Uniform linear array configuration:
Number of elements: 24
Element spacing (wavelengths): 0.75
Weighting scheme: hamming
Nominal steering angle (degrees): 30
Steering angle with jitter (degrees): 29.328
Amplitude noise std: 0.05
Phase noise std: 0.05

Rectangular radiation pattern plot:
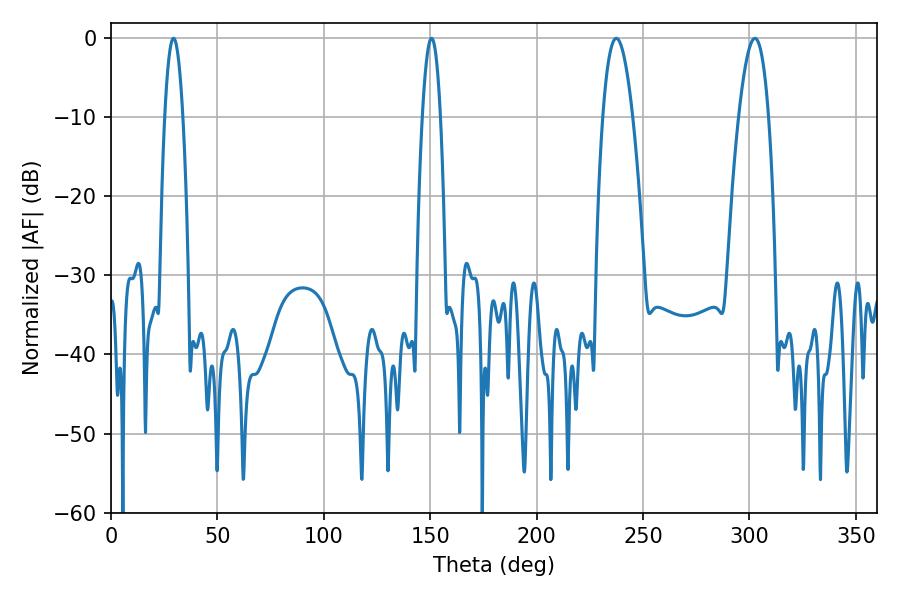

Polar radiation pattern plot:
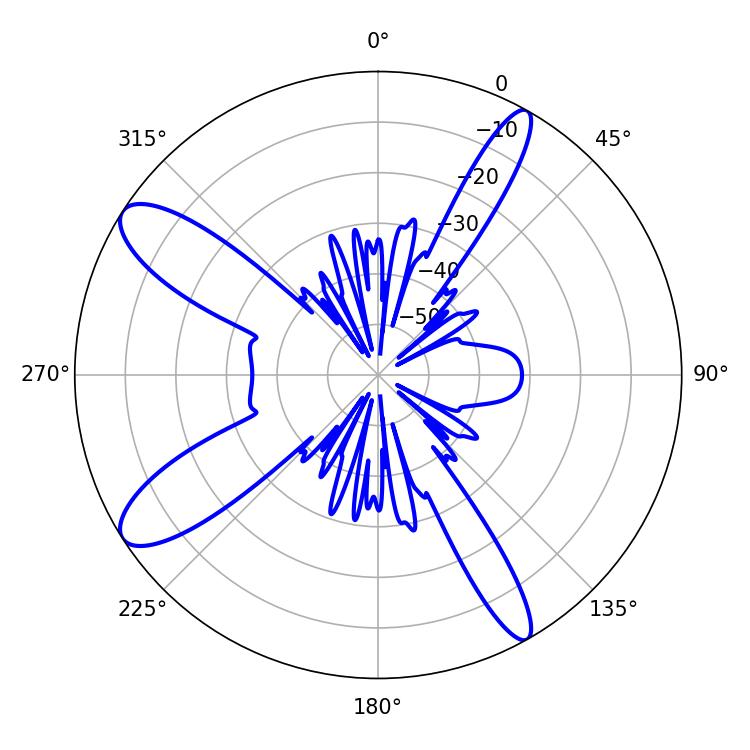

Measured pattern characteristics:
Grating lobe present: TRUE
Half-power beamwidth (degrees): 7.74
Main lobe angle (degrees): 302.58